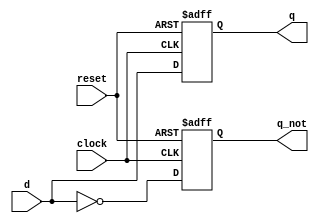
module senkron_flipflop(
    input d,
    input clock,
    input reset,
    output reg q,
    output reg q_not
);

always @(posedge clock, posedge reset) begin
    if (reset == 1) begin
        q = 0;
        q_not = 1;
    end
    else begin 
        q = d;
        q_not = ~d;
    end
        
end

endmodule

//reset = 1 olduunda output sfrlanr
//senkron reset = reset deitiinde hemen output sfrlanmaz
//asenkron reset = reset deitiinde hemen output sfrlanr